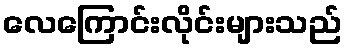
လေကြောင်းလိုင်းများသည်